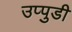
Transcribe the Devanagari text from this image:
उप्पुडी